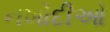
નખોદીઓ